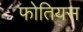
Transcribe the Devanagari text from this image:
फोतियस